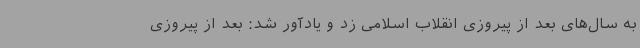
به سال‌های بعد از پیروزی انقلاب اسلامی زد و یادآور شد: بعد از پیروزی